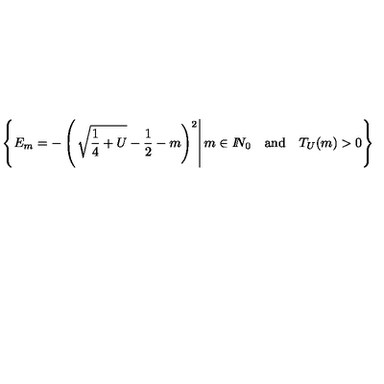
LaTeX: \left\{ E _ { m } = - \left( \left. \sqrt { \frac 1 4 + U } - \frac 1 2 - m \right) ^ { 2 } \right| m \in I \! \! N _ { 0 } \quad \mathrm { a n d } \quad T _ { U } ( m ) > 0 \right\}